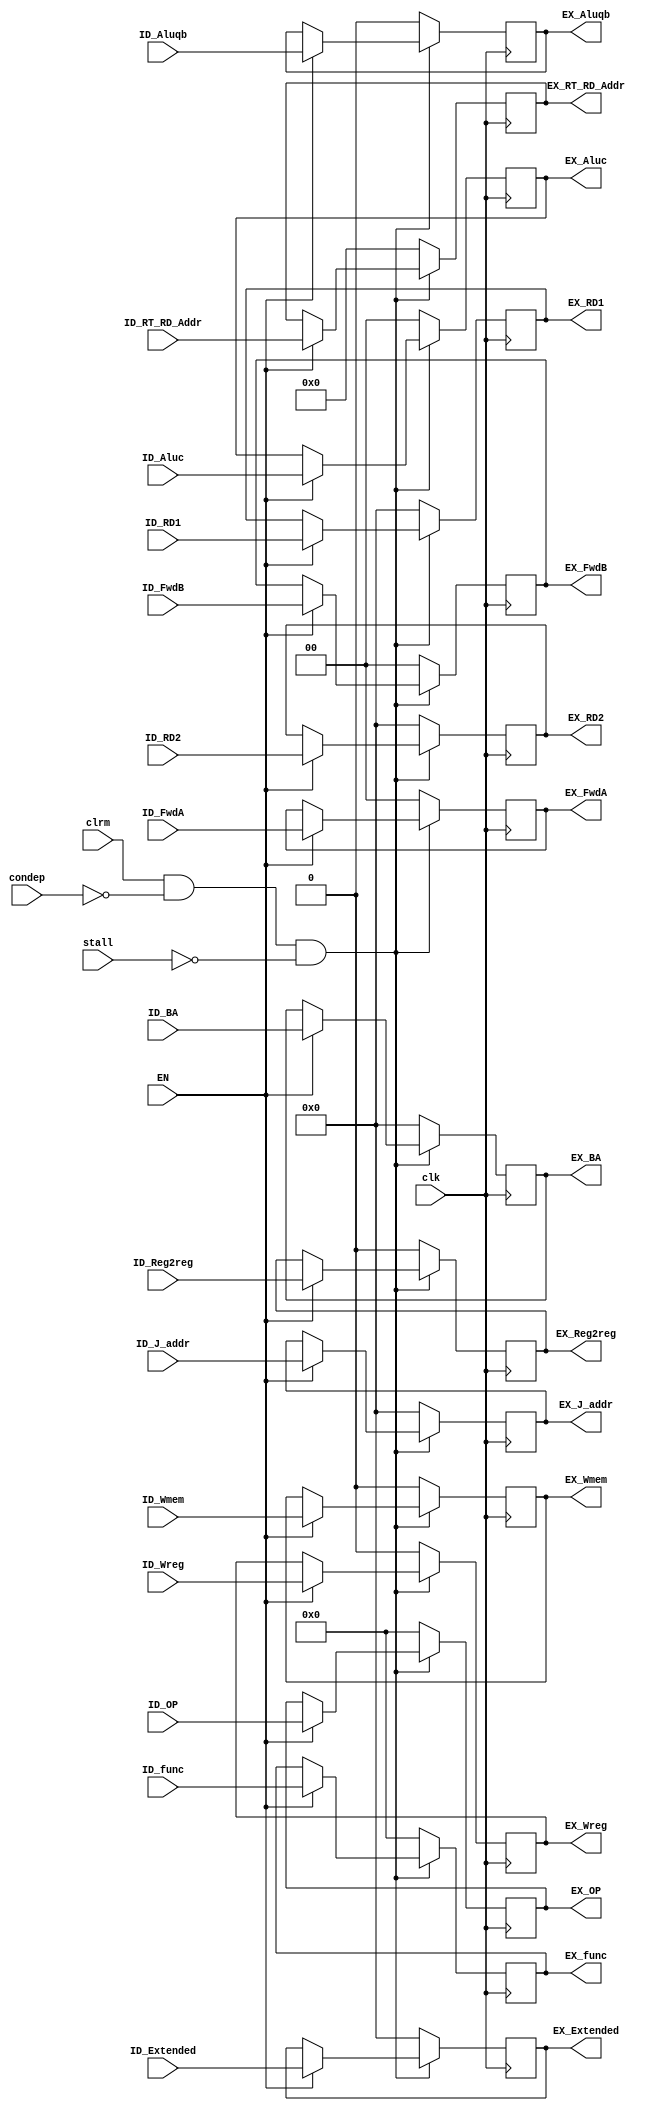
`timescale 1ns / 1ps
//////////////////////////////////////////////////////////////////////////////////
// Company: 
// Engineer: 
// 
// Design Name: 
// Module Name: IDEX
// Project Name: 
// Target Devices: 
// Tool Versions: 
// Description: 
// 
// Dependencies: 
// 
// Revision:
// Revision 0.01 - File Created
// Additional Comments:
// 
//////////////////////////////////////////////////////////////////////////////////


module IDEX(
    clk, EN, clrm, condep, stall,
    ID_RD1, ID_RD2, ID_Extended, ID_BA, ID_J_addr, ID_OP, ID_func, ID_RT_RD_Addr, ID_Wreg, ID_Wmem, ID_Aluc, ID_FwdA, ID_FwdB, ID_Aluqb, ID_Reg2reg,
    EX_RD1, EX_RD2, EX_Extended, EX_BA, EX_J_addr, EX_OP, EX_func, EX_RT_RD_Addr, EX_Wreg, EX_Wmem, EX_Aluc, EX_FwdA, EX_FwdB, EX_Aluqb, EX_Reg2reg
    );
    
    input               clk;
    input               EN;
    input               clrm;
    input               condep;
    input               stall;
    
    input       [31:0]  ID_RD1;         //Data from RD1 of register file
    input       [31:0]  ID_RD2;         //Data from RD2 of register file
    input       [31:0]  ID_Extended;    //Data from the extender
    input       [31:0]  ID_BA;          //Data from the branch address calculator
    input       [31:0]  ID_J_addr;      //Data from the jump address combinator
    input       [5:0]   ID_OP;          //OP of ID stage
    input       [5:0]   ID_func;        //func of ID stage
    input       [4:0]   ID_RT_RD_Addr;  //Target address from ID
    input       [1:0]   ID_Aluc;        //Control signal to control ALU modes
    input       [1:0]   ID_FwdA;
    input       [1:0]   ID_FwdB;
    input               ID_Aluqb;
    input               ID_Wreg;
    input               ID_Wmem;
    input               ID_Reg2reg;
    
    output  reg [31:0]  EX_RD1;
    output  reg [31:0]  EX_RD2;
    output  reg [31:0]  EX_Extended;
    output  reg [31:0]  EX_BA;
    output  reg [31:0]  EX_J_addr;
    output  reg [5:0]   EX_OP;
    output  reg [5:0]   EX_func;
    output  reg [4:0]   EX_RT_RD_Addr;
    output  reg [1:0]   EX_Aluc;
    output  reg [1:0]   EX_FwdA;
    output  reg [1:0]   EX_FwdB;
    output  reg         EX_Aluqb;
    output  reg         EX_Wreg;
    output  reg         EX_Wmem;
    output  reg         EX_Reg2reg;
    
    wire                Safe;
    wire                CL;
    
    assign Safe=EN&~stall;
    assign CL=clrm&~condep&~stall;
    
    initial
    begin
        {EX_RD1,EX_RD2,EX_Extended,EX_BA,EX_J_addr,EX_OP,EX_func,EX_RT_RD_Addr,EX_Aluc,EX_FwdA,EX_FwdB,EX_Aluqb,EX_Wreg,EX_Wmem,EX_Reg2reg}=0;
    end
    
    always @(posedge clk)
    begin
        if(!CL)
            {EX_RD1,EX_RD2,EX_Extended,EX_BA,EX_J_addr,EX_OP,EX_func,EX_RT_RD_Addr,EX_Aluc,EX_FwdA,EX_FwdB,EX_Aluqb,EX_Wreg,EX_Wmem,EX_Reg2reg}<=0;
        else if(EN)
            {EX_RD1,EX_RD2,EX_Extended,EX_BA,EX_J_addr,EX_OP,EX_func,EX_RT_RD_Addr,EX_Aluc,EX_FwdA,EX_FwdB,EX_Aluqb,EX_Wreg,EX_Wmem,EX_Reg2reg}<=
            {ID_RD1,ID_RD2,ID_Extended,ID_BA,ID_J_addr,ID_OP,ID_func,ID_RT_RD_Addr,ID_Aluc,ID_FwdA,ID_FwdB,ID_Aluqb,ID_Wreg,ID_Wmem,ID_Reg2reg};
    end
    
endmodule